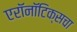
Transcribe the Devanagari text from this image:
एरॉनॉटिक्सचा